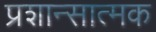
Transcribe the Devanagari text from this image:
प्रशान्सात्मक